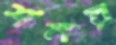
শমর